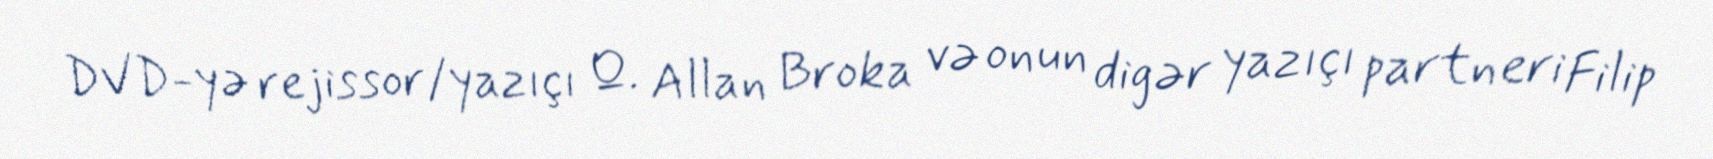
DVD-yə rejissor/yazıçı Q. Allan Broka və onun digər yazıçı partneri Filip